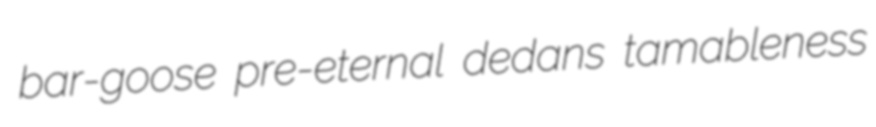
bar-goose pre-eternal dedans tamableness